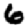
Digit: 6